Scottish Leaving Certificate Examination, 1961
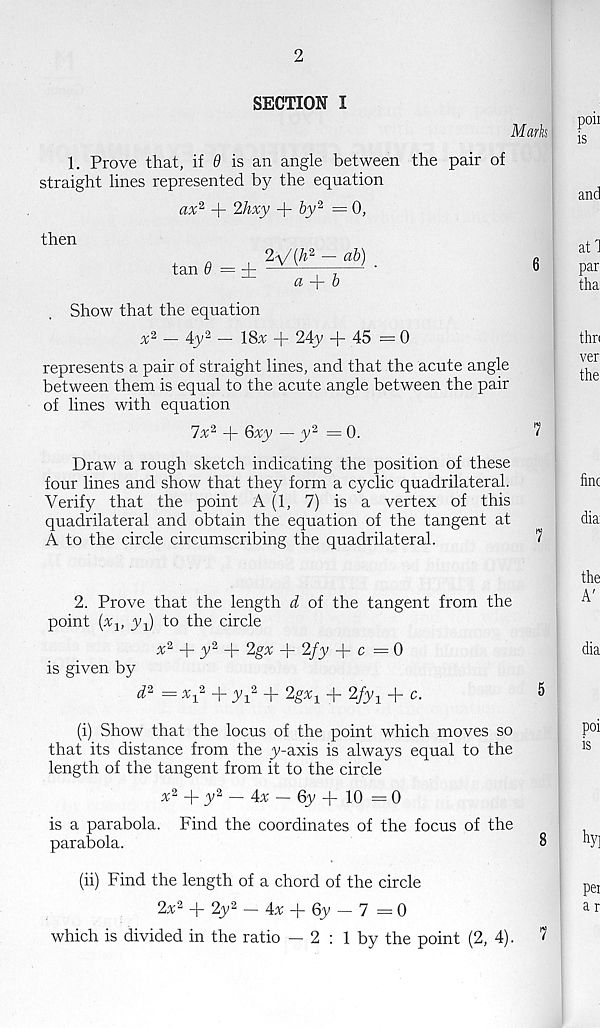
SECTION I
1. Prove that, if 9 is an angle between the pair of
straight lines represented by the equation
ax 2 + 2hxy + by 2 = 0,
then
tan # = i
2^/{h 2 — ab)
a
b
Show that the equation
x 2 — 4y 2 — 18x + 24y + 45—0
represents a pair of straight lines, and that the acute angle
between them is equal to the acute angle between the pair
of lines with equation
7x 2 + 6xy — y 2 =0.
Draw a rough sketch indicating the position of these
four lines and show that they form a cyclic quadrilateral.
Verify that the point A (1, 7) is a vertex of this
quadrilateral and obtain the equation of the tangent at
A to the circle circumscribing the quadrilateral.
2. Prove that the length d, of the tangent from the
point [% x , yq) to the circle
x 2 + y 2 + 2gx + 2/y + c = 0
is given by
X 1 = V + ^i 2 + Mxi Hr 2/yq + c.
(i) Show that the locus of the point which moves so
that its distance from the y-axis is always equal to the
length of the tangent from it to the circle
+ :V 2 — 43c — 6y + 10 =0
is a parabola. Find the coordinates of the focus of the
parabola.
(ii) Find the length of a chord of the circle
2x 2 + 2y 2 - 4% + 6y - 7 = 0
which is divided in the ratio — 2 ; 1 by the point (2, 4).